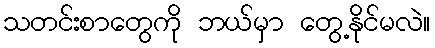
သတင်းစာတွေကို ဘယ်မှာ တွေ့နိုင်မလဲ။